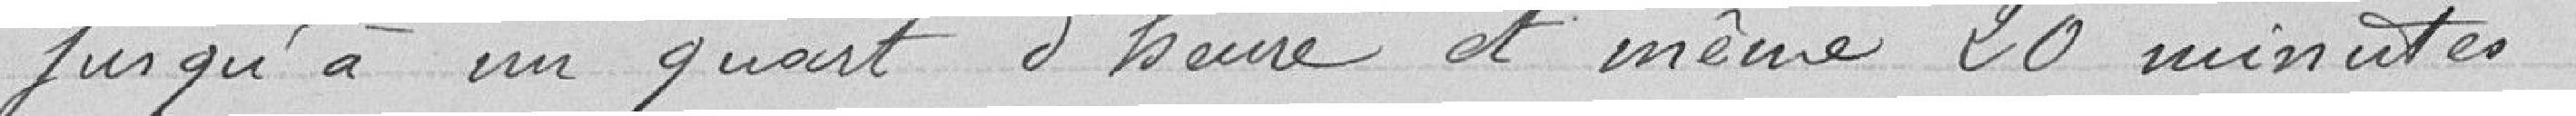
jusqu'à un quart d'heure et même 20 minutes.